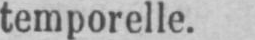
temporelle.